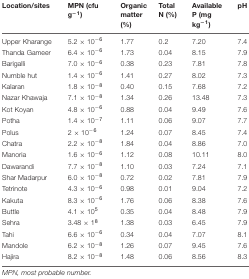
<table><thead><tr><td><b>Location/sites</b></td><td><b>MPN (cfu g<sup>-1</sup>)</b></td><td><b>Organic matter (%)</b></td><td><b>Total N (%)</b></td><td><b>Available P (mg kg<sup>-1</sup>)</b></td><td><b>pH</b></td></tr></thead><tbody><tr><td>Upper Kharange</td><td>5.2 × 10<sup>-6</sup></td><td>1.77</td><td>0.2</td><td>7.20</td><td>7.4</td></tr><tr><td>Thanda Gameer</td><td>6.4 × 10<sup>-6</sup></td><td>1.73</td><td>0.04</td><td>8.15</td><td>7.9</td></tr><tr><td>Barigalli</td><td>7.0 × 10<sup>-6</sup></td><td>0.38</td><td>0.23</td><td>7.81</td><td>7.8</td></tr><tr><td>Numble hut</td><td>1.4 × 10<sup>-6</sup></td><td>1.41</td><td>0.27</td><td>8.02</td><td>7.3</td></tr><tr><td>Kalaran</td><td>1.8 × 10<sup>-8</sup></td><td>0.40</td><td>0.15</td><td>7.68</td><td>7.2</td></tr><tr><td>Nazar Khawaja</td><td>7.1 × 10<sup>-8</sup></td><td>1.34</td><td>0.26</td><td>13.48</td><td>7.3</td></tr><tr><td>Kot Koyan</td><td>4.8 × 10<sup>-6</sup></td><td>0.88</td><td>0.04</td><td>9.49</td><td>7.6</td></tr><tr><td>Potha</td><td>1.4 × 10<sup>-7</sup></td><td>1.11</td><td>0.06</td><td>9.07</td><td>7.7</td></tr><tr><td>Polus</td><td>2 × 10<sup>-6</sup></td><td>1.24</td><td>0.07</td><td>8.45</td><td>7.4</td></tr><tr><td>Chatra</td><td>2.2 × 10<sup>-8</sup></td><td>1.84</td><td>0.04</td><td>8.86</td><td>7.0</td></tr><tr><td>Manoria</td><td>1.6 × 10<sup>-6</sup></td><td>1.12</td><td>0.08</td><td>10.11</td><td>8.0</td></tr><tr><td>Dawarandi</td><td>7.7 × 10<sup>-8</sup></td><td>1.10</td><td>0.03</td><td>7.24</td><td>7.1</td></tr><tr><td>Shar Madarpur</td><td>6.0 × 10<sup>-8</sup></td><td>0.72</td><td>0.02</td><td>7.81</td><td>7.9</td></tr><tr><td>Tetrinote</td><td>4.3 × 10<sup>-6</sup></td><td>0.98</td><td>0.01</td><td>9.04</td><td>7.2</td></tr><tr><td>Kakuta</td><td>8.3 × 10<sup>-6</sup></td><td>1.76</td><td>0.06</td><td>8.38</td><td>7.6</td></tr><tr><td>Buttle</td><td>4.1 × 10<sup>5</sup></td><td>0.35</td><td>0.04</td><td>8.48</td><td>7.9</td></tr><tr><td>Sehra</td><td>3.48 × 1<sup>8</sup></td><td>1.38</td><td>0.03</td><td>6.45</td><td>7.9</td></tr><tr><td>Tahi</td><td>6.6 × 10<sup>-6</sup></td><td>0.34</td><td>0.04</td><td>7.07</td><td>8.1</td></tr><tr><td>Mandole</td><td>6.2 × 10<sup>-8</sup></td><td>1.26</td><td>0.07</td><td>9.45</td><td>7.6</td></tr><tr><td>Hajira</td><td>8.2 × 10<sup>-8</sup></td><td>1.48</td><td>0.06</td><td>8.56</td><td>8.3</td></tr></tbody></table>